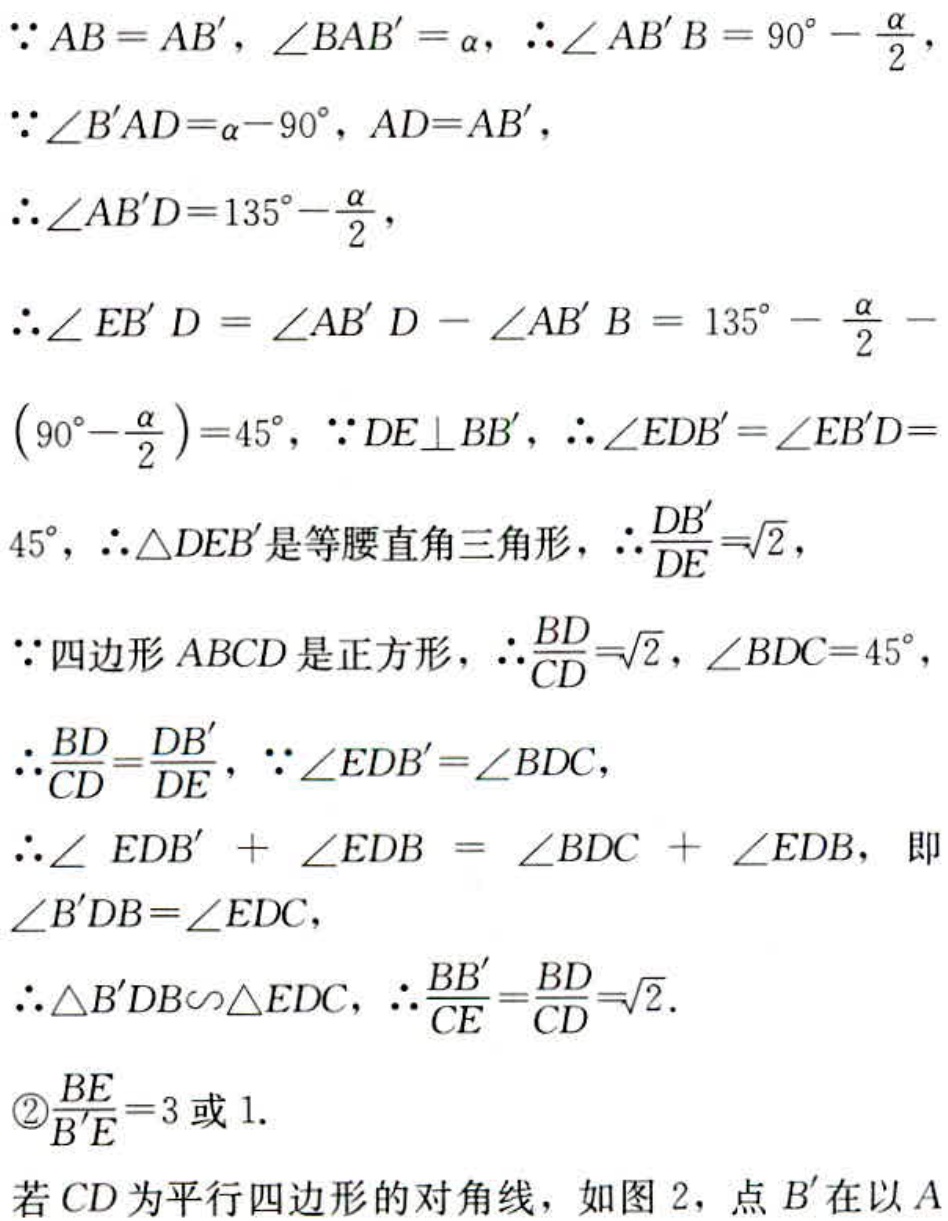
$\because AB = AB',\angle BAB'=\alpha,\therefore\angle AB'B = 90^{\circ}-\frac{\alpha}{2},$
$\because\angle B'AD=\alpha - 90^{\circ},AD = AB',$
$\therefore\angle AB'D=135^{\circ}-\frac{\alpha}{2},$
$\therefore\angle EB'D=\angle AB'D-\angle AB'B = 135^{\circ}-\frac{\alpha}{2}-(90^{\circ}-\frac{\alpha}{2}) = 45^{\circ},\because DE\perp BB',\therefore\angle EDB'=\angle EB'D = 45^{\circ},\therefore\triangle DEB'是等腰直角三角形,\therefore\frac{DB'}{DE}=\sqrt{2},$
$\because 四边形ABCD是正方形,\therefore\frac{BD}{CD}=\sqrt{2},\angle BDC = 45^{\circ},$
$\therefore\frac{BD}{CD}=\frac{DB'}{DE},\because\angle EDB'=\angle BDC,$
$\therefore\angle EDB'+\angle EDB=\angle BDC+\angle EDB,即\angle B'DB=\angle EDC,$
$\therefore\triangle B'DB\backsim\triangle EDC,\therefore\frac{BB'}{CE}=\frac{BD}{CD}=\sqrt{2}.$
$\textcircled{2}\frac{BE}{B'E}=3或1.$
若$CD$为平行四边形的对角线，如图$2$，点$B'$在以$A$